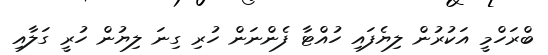
ބްރަހްމީ އަކުރުން ލިޔެފައި ހުއްޓާ ފެންނަން ހުރި ގިނަ ލިޔުން ހުރީ ގަލާއި